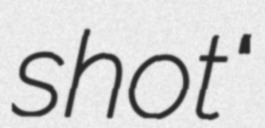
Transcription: shot"